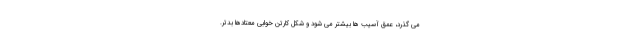
می گذرد، عمق آسیب ها بیشتر می شود و شکل کارتن خوابی معتادها بدتر.